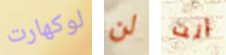
لوكهارت لن أنت